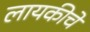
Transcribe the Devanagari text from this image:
लायकीचे